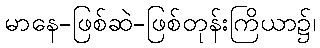
မာနေ-ဖြစ်ဆဲ-ဖြစ်တုန်းကြိယာ၌၊